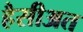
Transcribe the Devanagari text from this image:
हैसीअत